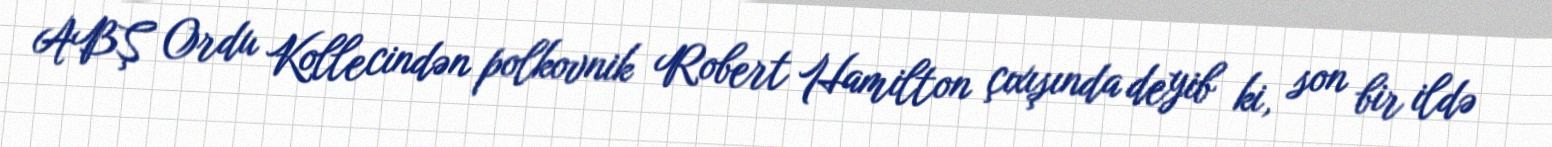
ABŞ Ordu Kollecindən polkovnik Robert Hamilton çıxışında deyib ki, son bir ildə